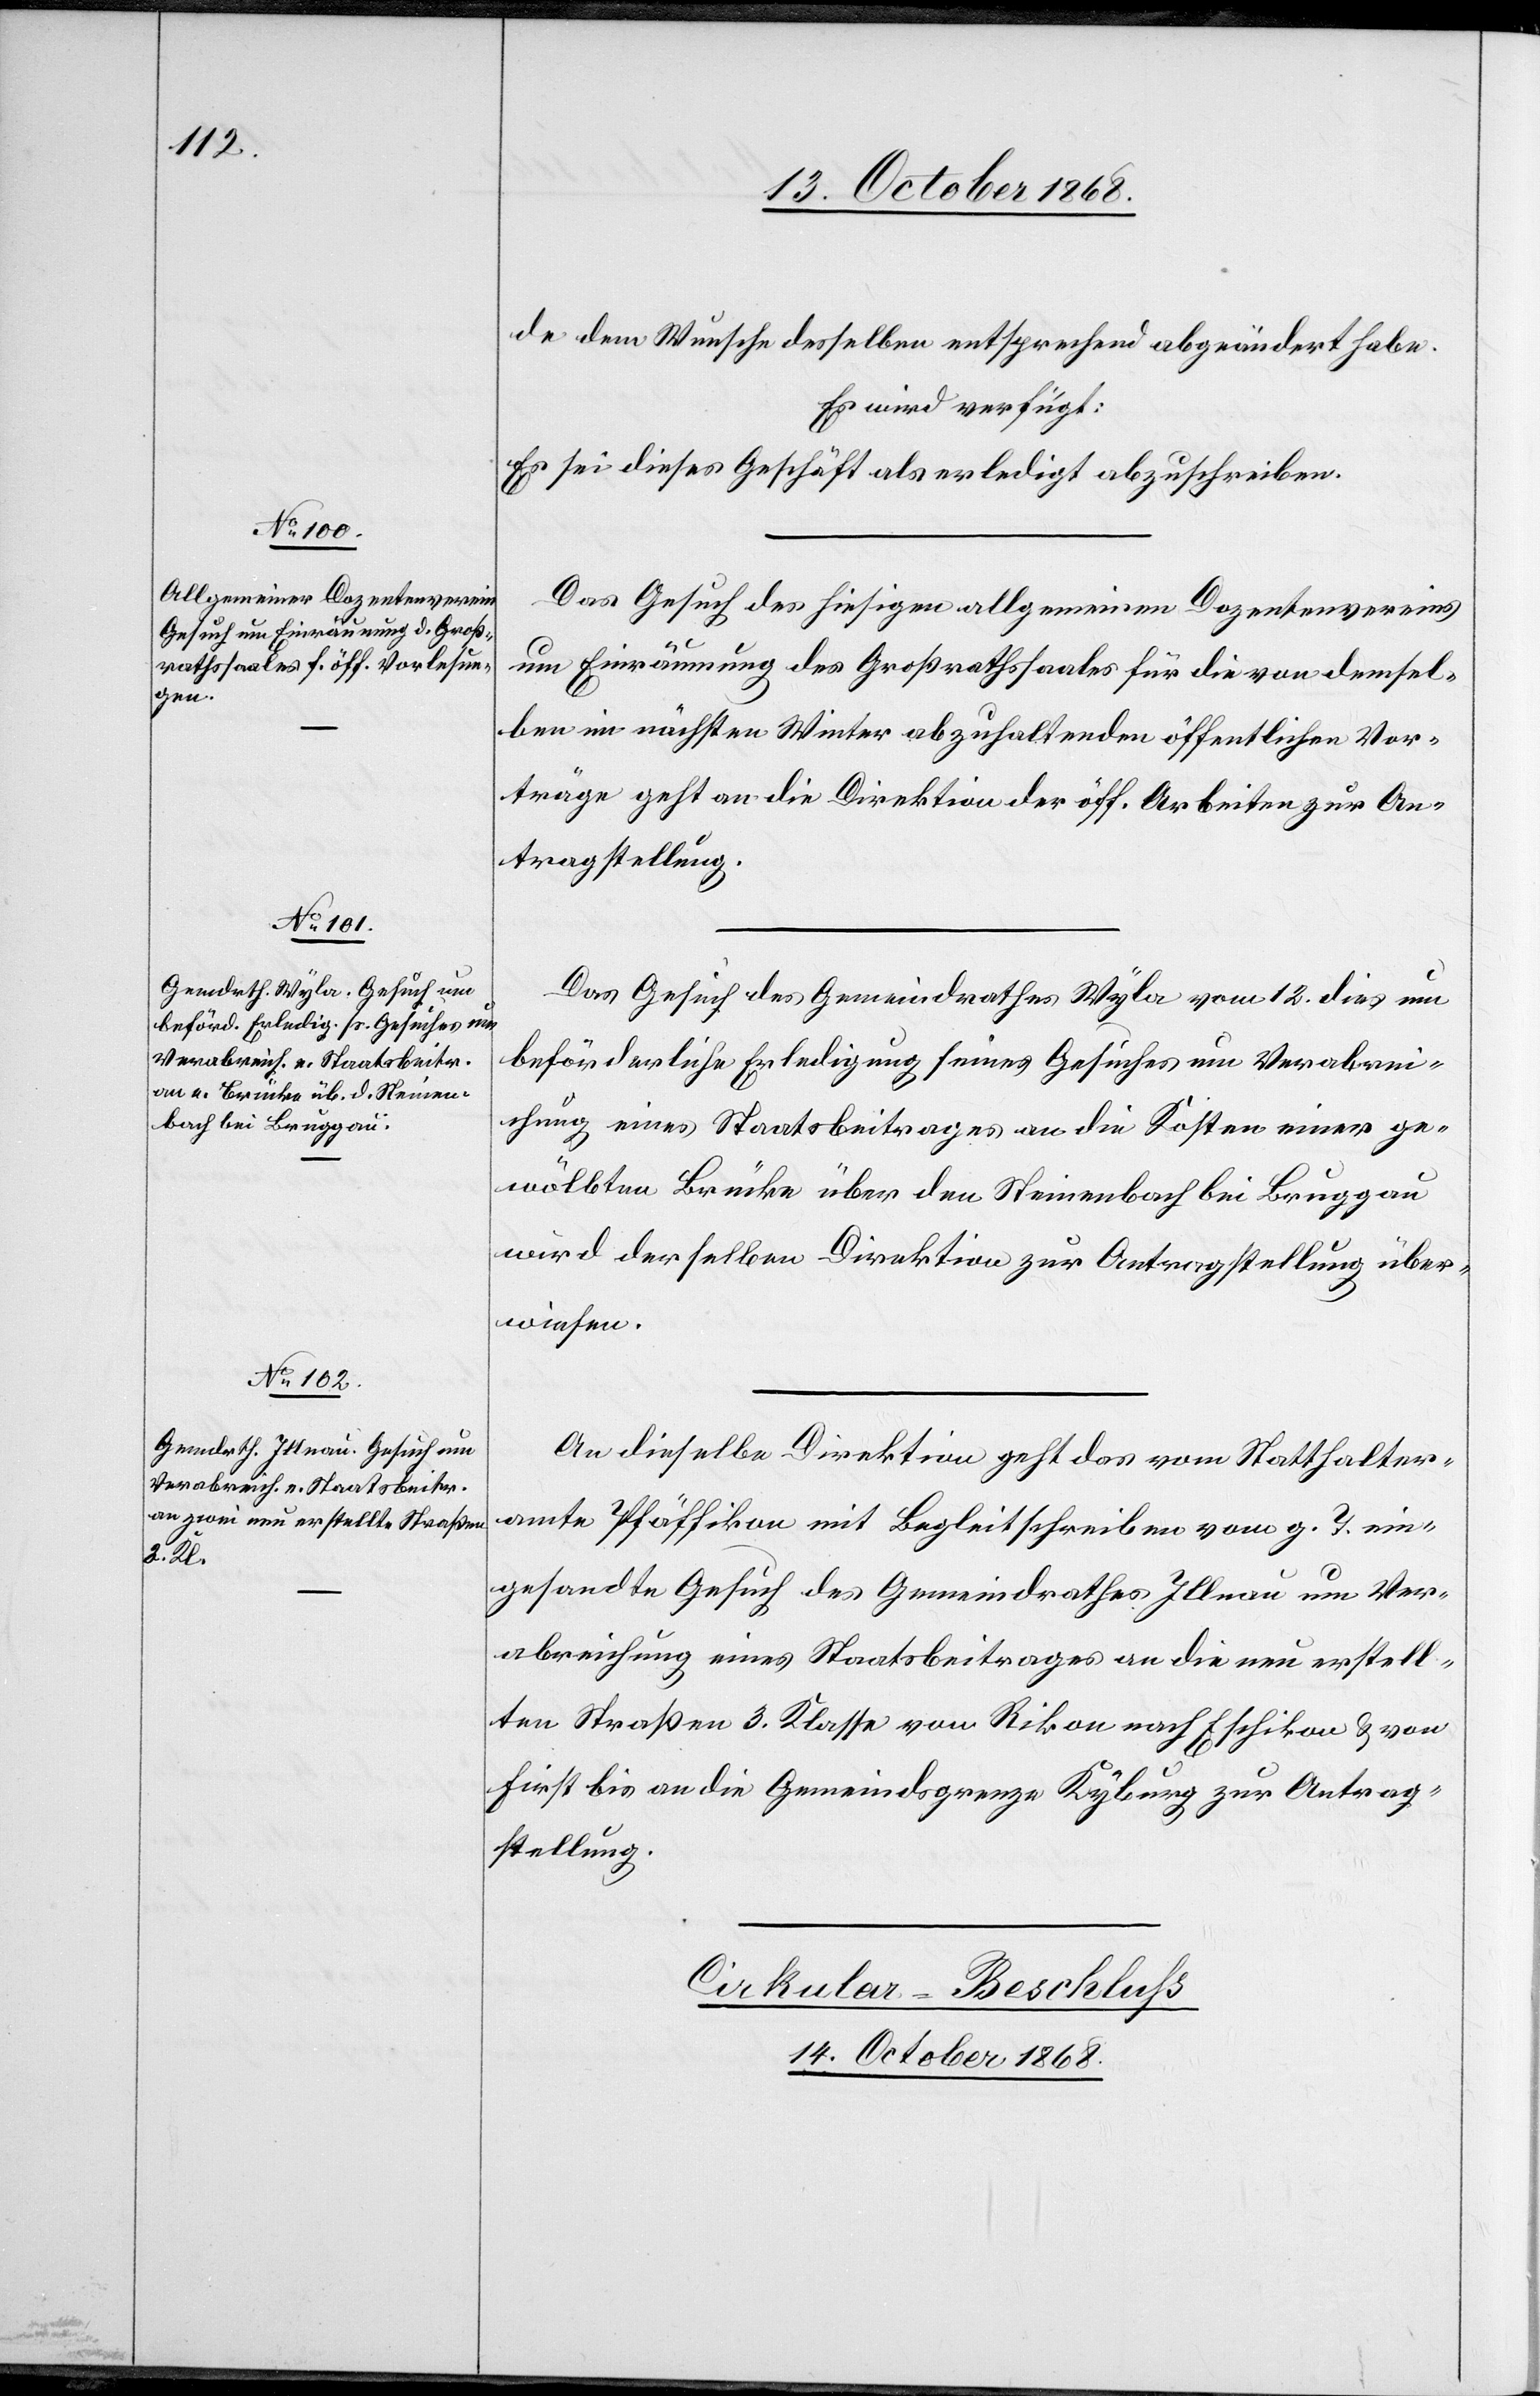
de dem Wunsche desselben entsprechend abgeändert habe.
Es wird verfügt:
Es sei dieses Geschäft als erledigt abzuschreiben.
Das Gesuch des hiesigen allgemeinen Dozentenvereins
um Einräumung des Großrathssaales für die von demsel¬
ben im nächsten Winter abzuhaltenden öffentlichen Vor¬
träge geht an die Direktion der öff. Arbeiten zur An¬
tragstellung.
Das Gesuch des Gemeindrathes Wyla vom 12. dies um
beförderliche Erledigung seines Gesuches um Verabrei¬
chung eines Staatsbeitrages an die Kosten einer ge¬
wölbten Brücke über den Steinenbach bei Bruggau
wird derselben Direktion zur Antragstellung über¬
wiesen.
An dieselbe Direktion geht das vom Statthalter¬
amte Pfäffikon mit Begleitschreiben vom g. T. ein¬
gesandte Gesuch des Gemeindrathes Illnau um Ver¬
abreichung eines Staatsbeitrages an die neu erstell¬
ten Straßen 3. Klasse von Rikon nach Eschikon & von
First bis an die Gemeindsgrenze Kyburg zur Antrag¬
stellung.
Cirkular-Beschluss
14. October 1868.